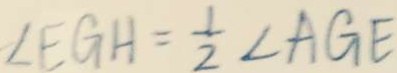
\angle E G H = \frac { 1 } { 2 } \angle A G E